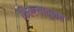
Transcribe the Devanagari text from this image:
किल्ल्यातूनच